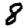
Digit: 8